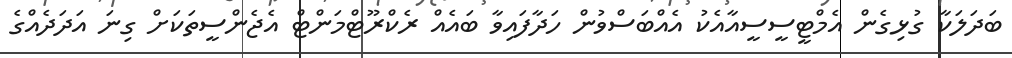
ބަދަލަކާ ގުޅިގެން އެމްޓީސީސީއާއެކު އެއްބަސްވުން ހަދާފައިވާ ބައެއް ރެކްރޫޓްމަންޓް އެޖެންސީތަކަށް ގިނަ އަދަދެއްގެ